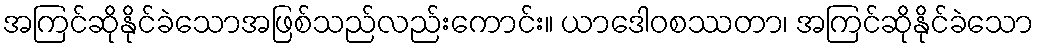
အကြင်ဆိုနိုင်ခဲသောအဖြစ်သည်လည်းကောင်း။ ယာဒေါဝစဿတာ၊ အကြင်ဆိုနိုင်ခဲသော